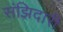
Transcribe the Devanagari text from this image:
संझिदारी